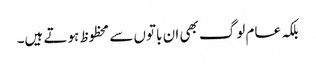
بلکہ عام لوگ بھی ان باتوں سے محظوظ ہوتے ہیں۔